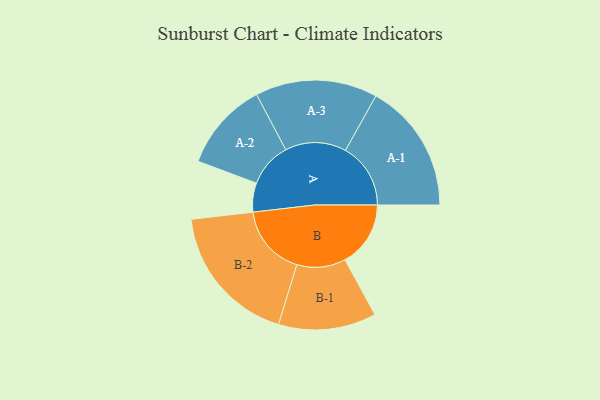
{"axis": {"x": "Segment", "y": "Value"}, "legend": ["", "A", "B"], "data": [{"x": "A", "y": 121, "type": ""}, {"x": "B", "y": 274, "type": ""}, {"x": "A-1", "y": 272, "type": "A"}, {"x": "A-2", "y": 186, "type": "A"}, {"x": "A-3", "y": 255, "type": "A"}, {"x": "B-1", "y": 204, "type": "B"}, {"x": "B-2", "y": 297, "type": "B"}]}